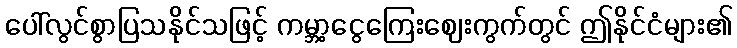
ပေါ်လွင်စွာပြသနိုင်သဖြင့် ကမ္ဘာ့ငွေကြေးဈေးကွက်တွင် ဤနိုင်ငံများ၏